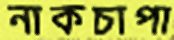
নাকচাপা